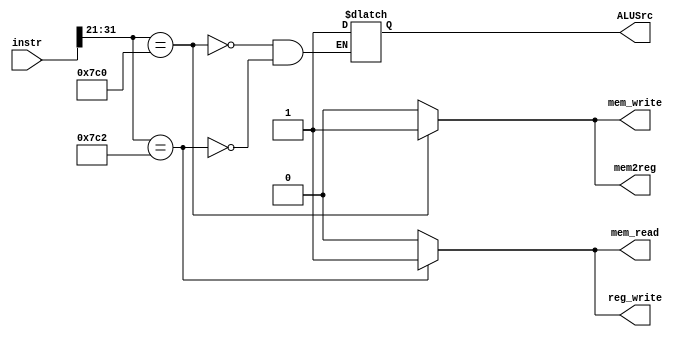
module Control_Unit(
    input [31:0] instr,
    // flags
    output reg_write,
    output mem_write,
    output mem_read,
    output mem2reg,
    output ALUSrc
);

    always@(intr) begin
        case (instr[31:21])
            11'h7C0 : begin //STUR
                reg_write <= 1'b0;
                mem_read <= 1'b0;
                mem_write <= 1'b1;
                mem2reg <= 1'b1;
                ALUSrc <= 1'b1;
            end
            11'h7C2 : begin //LDUR
                reg_write <= 1'b1;
                mem_read <= 1'b1;
                mem_write <= 1'b0;
                mem2reg <= 1'b0;
                ALUSrc <= 1'b1;
            end
            default
            begin
                reg_write <= 1'b0;
                mem_write <= 1'b0;
                mem_read <= 1'b0;
                mem2reg <= 1'b0;
            end

        endcase
    end

endmodule